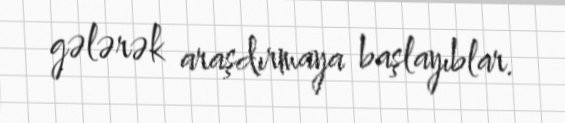
gələrək araşdırmaya başlayıblar.